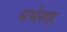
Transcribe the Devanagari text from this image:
सभेसह